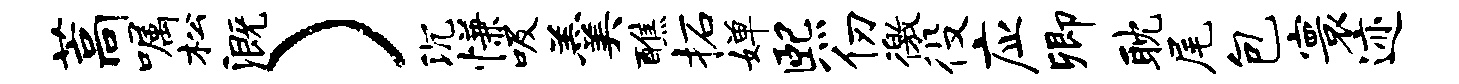
藁嘱松溉）沉慊吸羹醮柘婵熙仞徼役应卿耽尾包寰迹